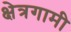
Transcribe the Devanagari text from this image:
क्षेत्रगामी